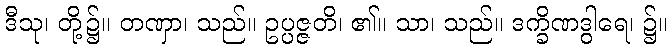
ဒီသု၊ တို့၌။ တဏှာ၊ သည်။ ဥပ္ပဇ္ဇတိ၊ ၏။ သာ၊ သည်။ ဒက္ခိဏဒွါရေ၊ ၌။